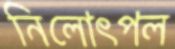
নিলোৎপল